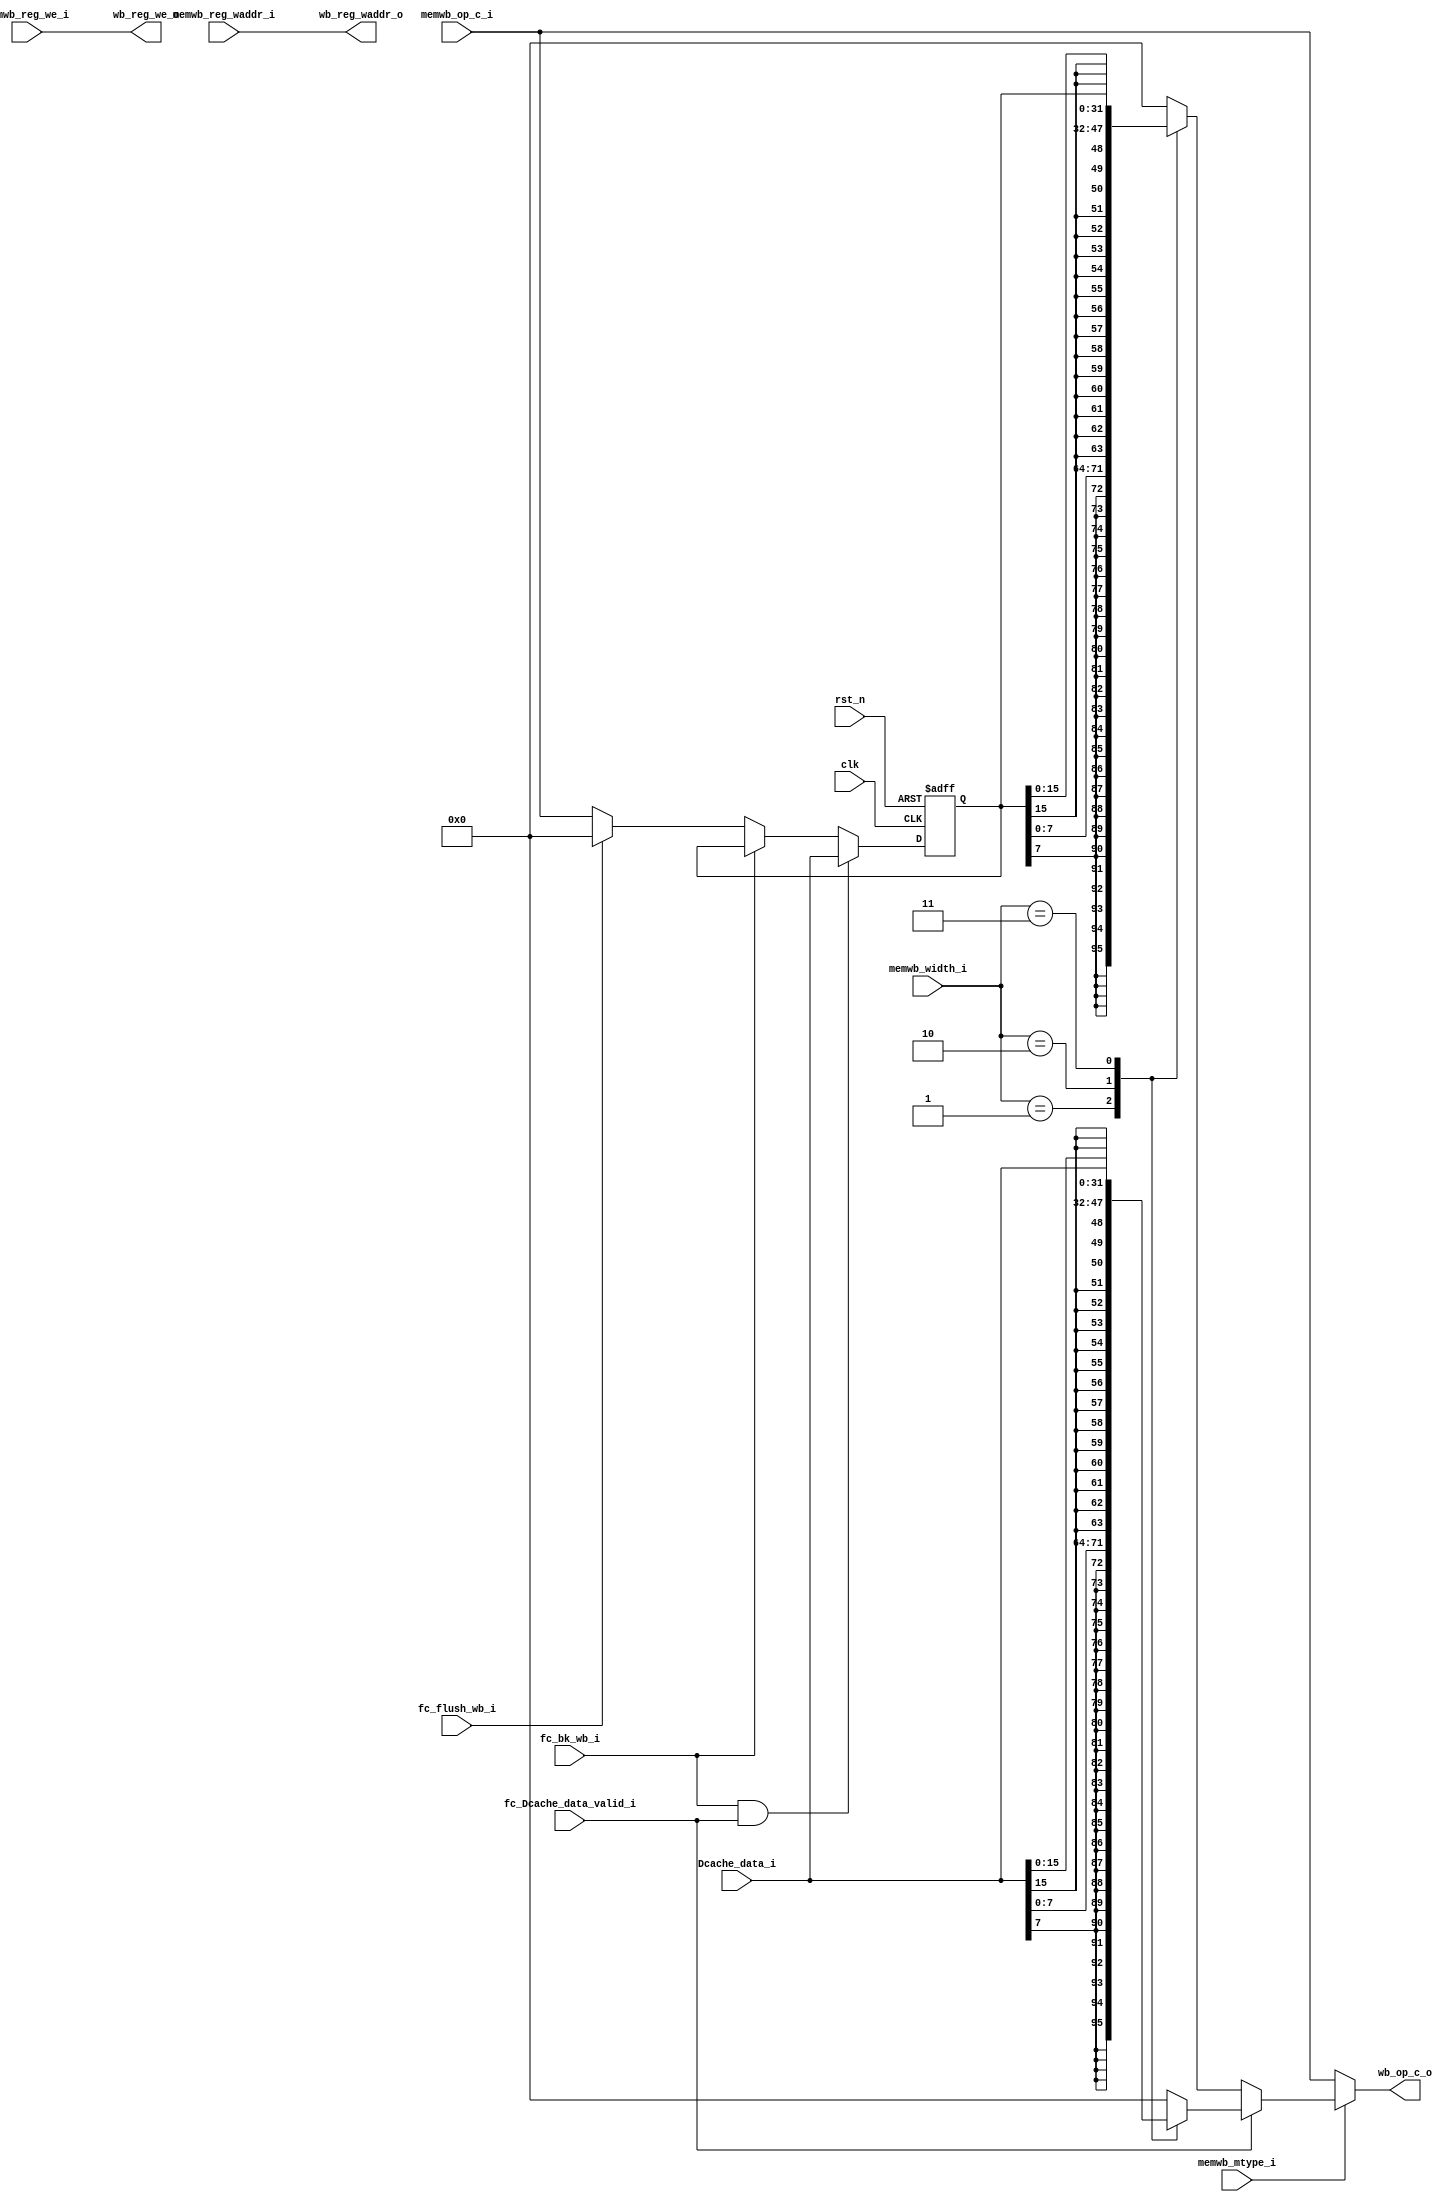
module WB (
    input   wire                    clk,
    input   wire                    rst_n,
    //from mem_wb_reg
    input   wire            [31:0]  memwb_op_c_i,
    input   wire            [4:0]   memwb_reg_waddr_i,
    input   wire                    memwb_reg_we_i,
    input   wire                    memwb_mtype_i,
    input   wire            [1:0]   memwb_width_i,
    //to regs
    output  reg             [31:0]  wb_op_c_o,
    output  wire            [4:0]   wb_reg_waddr_o,
    output  wire                    wb_reg_we_o,
    //from Dcache
    input   wire            [31:0]  Dcache_data_i,
    //from fc
    input   wire                    fc_Dcache_data_valid_i,

    input   wire                    fc_flush_wb_i,
    input   wire                    fc_bk_wb_i
);

    assign wb_reg_waddr_o = memwb_reg_waddr_i;

    //---------------for back_and_keep---
    reg [31:0]  Data_Buffer;
    reg         Dcache_in_Buffer;

    always@(posedge clk or negedge rst_n)begin
        if(rst_n == 1'b0)begin
            Data_Buffer <= 32'h0;
            Dcache_in_Buffer <= 1'b0;
        end

        //Icache stall and Dcache need give out data
        else if(fc_bk_wb_i == 1'b1 && fc_Dcache_data_valid_i == 1'b1)begin
            Data_Buffer <= Dcache_data_i;
            Dcache_in_Buffer <= 1'b1;
        end
        else if(fc_bk_wb_i == 1'b1) begin
            Data_Buffer <= Data_Buffer;   //keep
        end
        else if(fc_flush_wb_i == 1'b1)begin
            Data_Buffer <= 32'h0;
        end
        else begin
            Data_Buffer <= memwb_op_c_i;
            
            if(Dcache_in_Buffer == 1'b1)
                Dcache_in_Buffer <= 1'b0;
        end
    end
    


    always @(*) begin
        if(memwb_mtype_i == 1'b1)begin
            if(fc_Dcache_data_valid_i == 1'b1)begin
                case(memwb_width_i)
                    2'b01: wb_op_c_o = { {24{Dcache_data_i[7]}}, Dcache_data_i[7:0] };
                    2'b10: wb_op_c_o = { {16{Dcache_data_i[15]}}, Dcache_data_i[15:0] };
                    2'b11: wb_op_c_o = Dcache_data_i;
                    default: wb_op_c_o = 32'h0;
                endcase
            end
            else begin
                case(memwb_width_i)
                    2'b01: wb_op_c_o = { {24{Data_Buffer[7]}}, Data_Buffer[7:0] };
                    2'b10: wb_op_c_o = { {16{Data_Buffer[15]}}, Data_Buffer[15:0] };
                    2'b11: wb_op_c_o = Data_Buffer;
                    default: wb_op_c_o = 32'h0;
                endcase
            end
        end
        else begin
            wb_op_c_o = memwb_op_c_i;
        end
    end

    
    assign wb_reg_we_o = memwb_reg_we_i;



endmodule